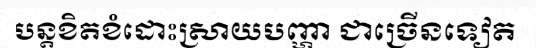
បន្តខិតខំដោះស្រាយបញ្ហា ជាច្រើនទៀត